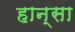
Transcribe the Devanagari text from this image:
हान्सा